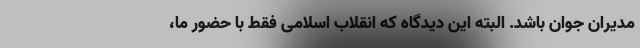
مدیران جوان باشد. البته این دیدگاه که انقلاب اسلامی فقط با حضور ما،